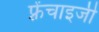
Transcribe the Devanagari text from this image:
फ़्रेंचाइजी